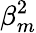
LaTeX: \beta_{m}^{2}